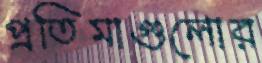
প্রতিমাগুলোর